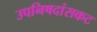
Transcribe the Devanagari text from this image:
उपनिषदांसकट